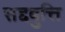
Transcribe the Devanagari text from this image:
सद्दबुत्ति